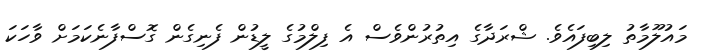
މައުލޫމާތު ލިބިފައެވެ. ޝްރަދާގެ އިތުރުންވެސް އެ ފިލްމުގެ ލީޑުން ފެނިގެން ގޮސްފާނެކަމަށް ވާހަކަ